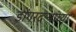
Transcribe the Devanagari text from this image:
डोंगरदऱ्यांच्या